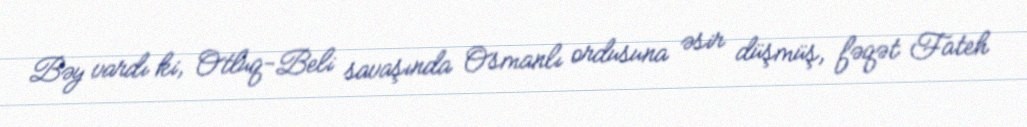
Bəy vardı ki, Otluq-Beli savaşında Osmanlı ordusuna əsir düşmüş, fəqət Fateh